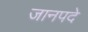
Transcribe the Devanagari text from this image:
जानपदे